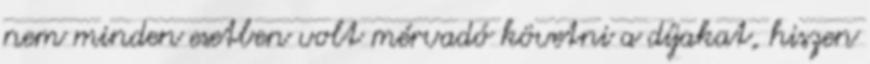
nem minden esetben volt mérvadó követni a díjakat, hiszen